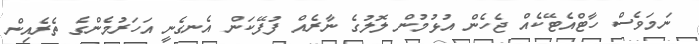
ނަމަވެސް ހާޓްއެޓޭކެއް ޖެހެން އުޅުމުން ލޮލުގެ ނާރެއް ފުފޭކަން އެނގެނީ އަހަރުމެންގެ ތެރެއިން